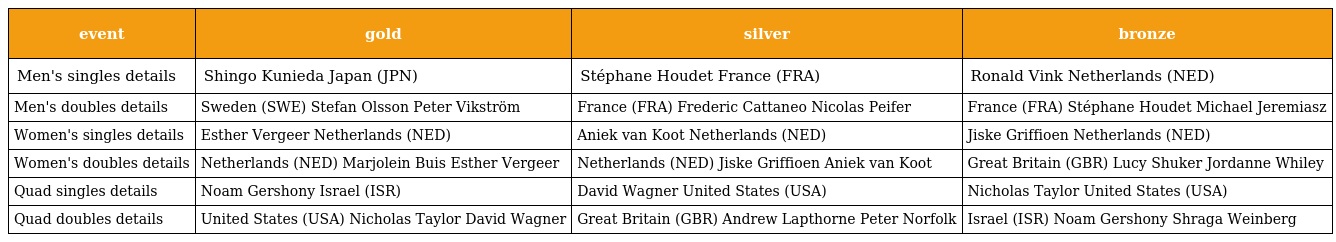
| event | gold | silver | bronze |
 | --- | --- | --- | --- |
 | Men's singles details | Shingo Kunieda Japan (JPN) | Stéphane Houdet France (FRA) | Ronald Vink Netherlands (NED) |
 | Men's doubles details | Sweden (SWE) Stefan Olsson Peter Vikström | France (FRA) Frederic Cattaneo Nicolas Peifer | France (FRA) Stéphane Houdet Michael Jeremiasz |
 | Women's singles details | Esther Vergeer Netherlands (NED) | Aniek van Koot Netherlands (NED) | Jiske Griffioen Netherlands (NED) |
 | Women's doubles details | Netherlands (NED) Marjolein Buis Esther Vergeer | Netherlands (NED) Jiske Griffioen Aniek van Koot | Great Britain (GBR) Lucy Shuker Jordanne Whiley |
 | Quad singles details | Noam Gershony Israel (ISR) | David Wagner United States (USA) | Nicholas Taylor United States (USA) |
 | Quad doubles details | United States (USA) Nicholas Taylor David Wagner | Great Britain (GBR) Andrew Lapthorne Peter Norfolk | Israel (ISR) Noam Gershony Shraga Weinberg |